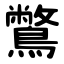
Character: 鷩